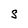
Character: S